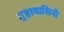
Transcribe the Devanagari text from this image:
गुहावासिनी